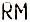
RM